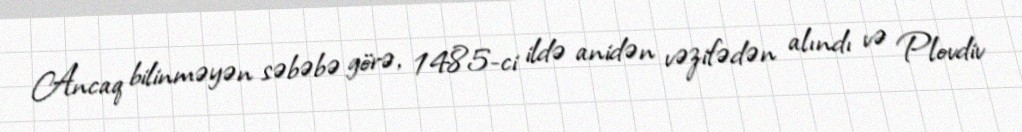
Ancaq bilinməyən səbəbə görə, 1485-ci ildə anidən vəzifədən alındı və Plovdiv